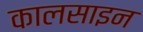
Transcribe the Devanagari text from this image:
कालसाइन